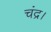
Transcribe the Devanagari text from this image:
चंद्र।